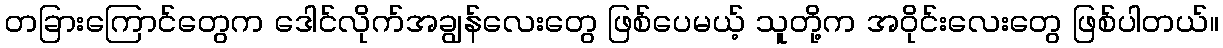
တခြားကြောင်တွေက ဒေါင်လိုက်အချွန်လေးတွေ ဖြစ်ပေမယ့် သူတို့က အဝိုင်းလေးတွေ ဖြစ်ပါတယ်။